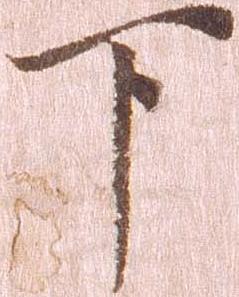
下